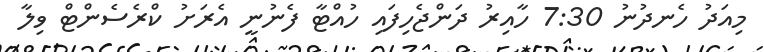
މިއަދު ހެނދުނު 7:30 ހާއިރު ދަންޖެހިފައި ހުއްޓާ ފެނުނީ އެރަށު ކްރެސެންޓް ވިލާ